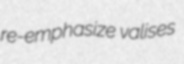
re-emphasize valises